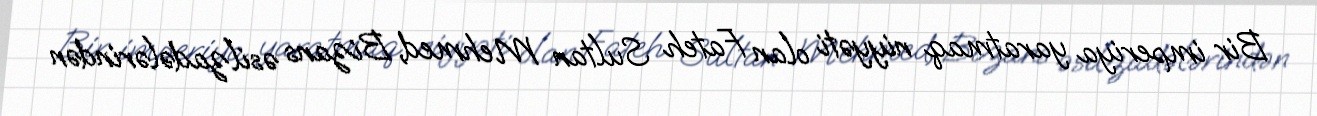
Bir imperiya yaratmaq niyyəti olan Fateh Sultan Mehmed, Bizans əsilzadələrindən